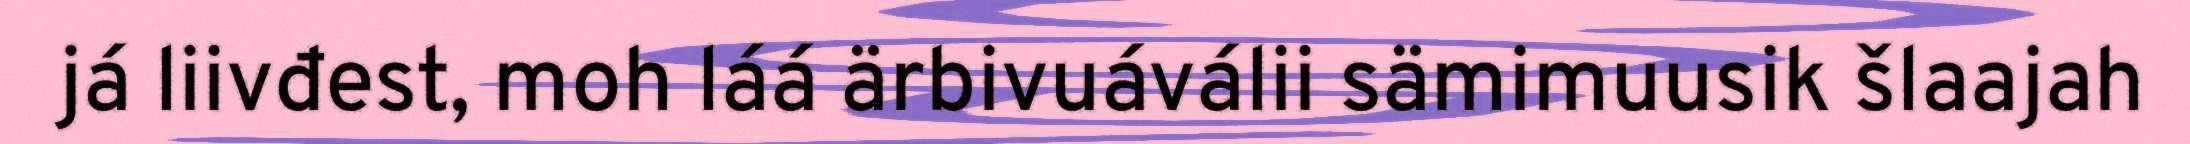
já liivđest, moh láá ärbivuáválii sämimuusik šlaajah